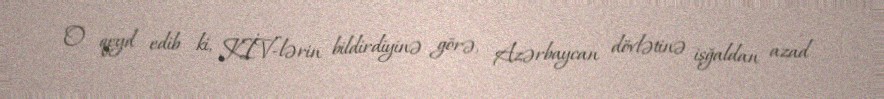
O qeyd edib ki, KİV-lərin bildirdiyinə görə, Azərbaycan dövlətinə işğaldan azad